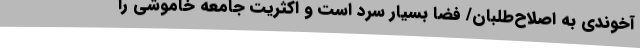
آخوندی به اصلاح‌طلبان/ فضا بسیار سرد است و اکثریت جامعه خاموشی را